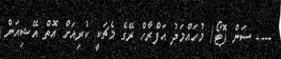
---- ސަން ފޮޓޯ/ މުހައްމަދު އަފްރާހް ރޭގެ މެޗަކީ ކުރިއަށް އޮތް އޭޝިއަން